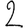
Digit: 2